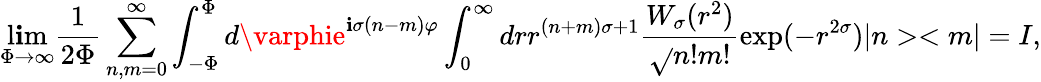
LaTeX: \underset{\Phi\rightarrow\infty}{\operatorname*{l\mathbf{i}m}}\frac{{1}}{{2\Phi}}\sum_{n,m=0}^{\infty}\int_{-\Phi}^{\Phi}d\varphie^{\mathbf{i}\sigma(n-m)\varphi}\int_{0}^{\infty}drr^{(n+m)\sigma+1}\frac{{W_{\sigma}(r^{2})}}{{\sqrt{}{{n!m!}}}}\exp(-r^{2\sigma})|n><m|=I,